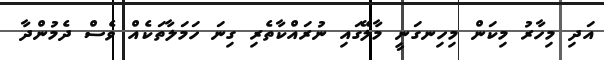
އަދި މިހާރު މިކަން މިހިނގަނީ މާލޭގައި ނުރައްކާތެރި ގިނަ ހަމަލާތަކެއް ވެސް ދެމުންދާ